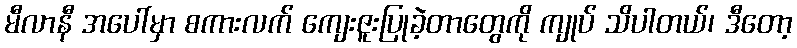
မီလာနီ အပေါ်မှာ စကားလက် ကျေးဇူးပြုခဲ့တာတွေကို ကျုပ် သိပါတယ်၊ ဒီတော့